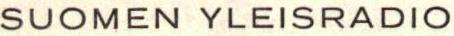
SUOMEN YLEISRADIO